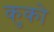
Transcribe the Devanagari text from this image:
कुको